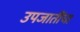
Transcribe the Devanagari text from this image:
उपजातींचा